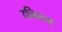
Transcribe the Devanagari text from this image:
दत्तिलम्‌